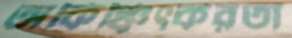
অকিঞ্চিৎকরতা